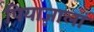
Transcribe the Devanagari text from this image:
पियाज़ाला